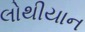
લોથીયાન